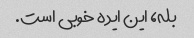
بله، این ایده خوبی است.